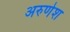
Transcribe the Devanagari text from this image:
अरुणेश